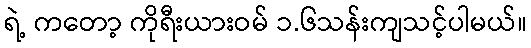
ရဲ့ ကတော့ ကိုရီးယားဝမ် ၁.၆သန်းကျသင့်ပါမယ်။